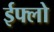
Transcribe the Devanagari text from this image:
ईफ्लो